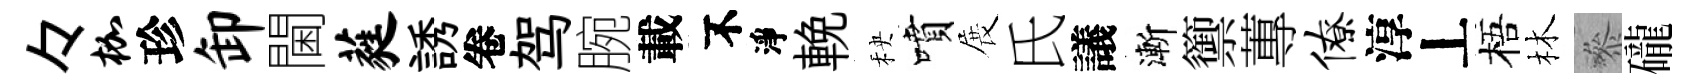
々枷珍卸閫蕤誘卷驾腕載不淨輓秧噴展氏議漸籞蓴僚淳丄梧林叅礲